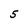
Character: 5